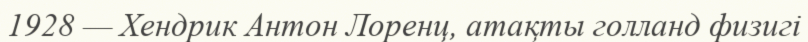
1928 — Хендрик Антон Лоренц, атақты голланд физигі